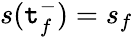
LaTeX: s(\mathtt{t}_{f}^{-})=s_{f}